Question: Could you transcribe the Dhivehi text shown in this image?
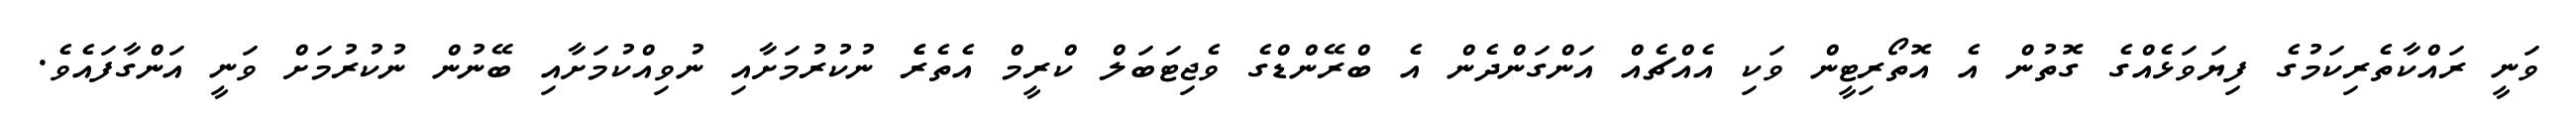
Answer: ވަނީ ރައްކާތެރިކަމުގެ ފިޔަވަޅެއްގެ ގޮތުން އެ އޮތޯރިޓީން ވަކި އެއްޗެއް އަންގަންދެން އެ ބްރޭންޑްގެ ވެޖިޓަބަލް ކްރީމް އެތެރެެ ނުކުރުމަށާއި ނުވިއްކުމަށާއި ބޭނުން ނުކުރުމަށް ވަނީ އަންގާފައެވެ.